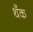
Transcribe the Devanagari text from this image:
थँक